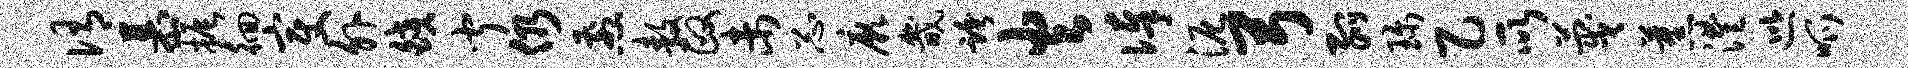
侑慕振徊变外皎闻仍煎敖政未忐厥畿跨火俸泥弓弧珍乙所蔑蕉澧巡呱